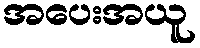
အပေးအယူ